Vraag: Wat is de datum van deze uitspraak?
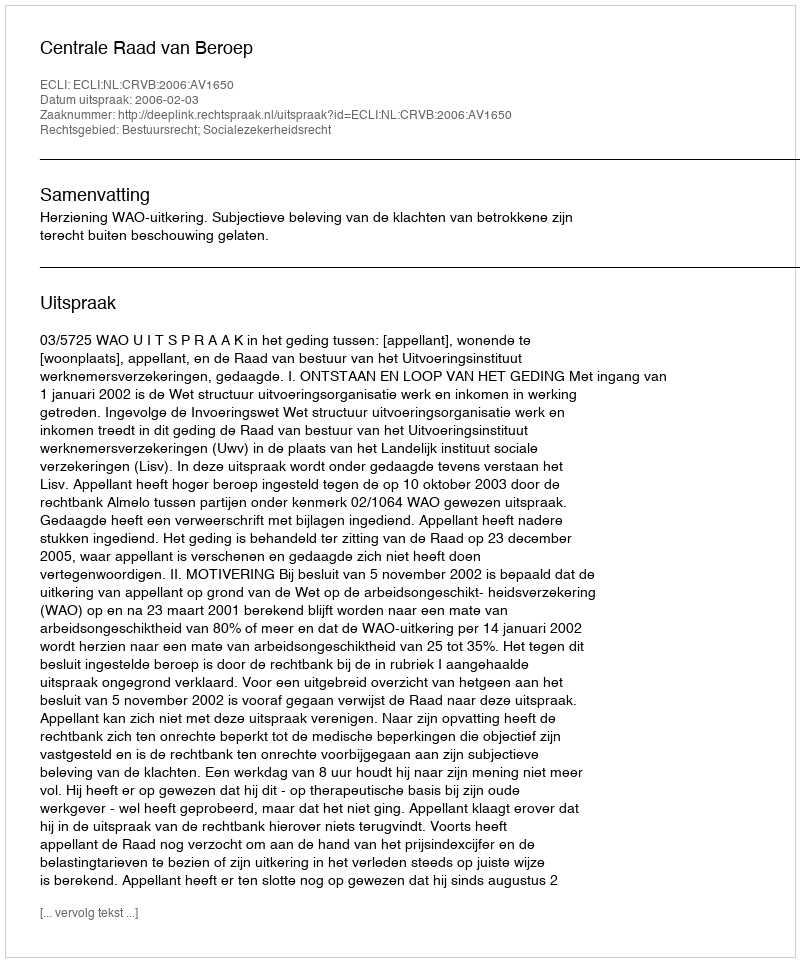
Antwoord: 2006-02-03